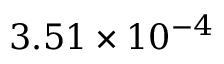
3 . 5 1 \times 1 0 ^ { - 4 }